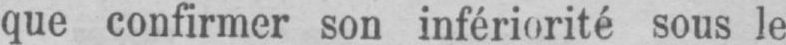
que confirmer son infériorité sous le